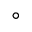
^ \circ